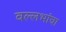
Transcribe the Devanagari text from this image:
वल्लभांचा